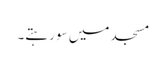
مسجد میں سو رہتے۔